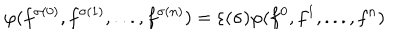
\varphi ( f ^ { \sigma ( 0 ) } , f ^ { \sigma ( 1 ) } , . . . , f ^ { \sigma ( n ) } ) = \varepsilon ( \sigma ) \varphi ( f ^ { 0 } , f ^ { 1 } , . . . , f ^ { n } )